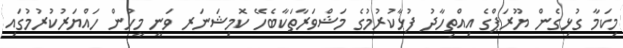
މިކަމާ ގުޅިގެން ޔޫރަޕްގެ އިއްތިހާދު ފުޅާކުރުމުގެ މަޝްވަރާތަކާބެހޭ ކޮމިޝަނަރ ވަނީ މީހުން ހައްޔަރުކުރުމުގައި